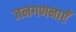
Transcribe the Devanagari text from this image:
जनगणनाएँ